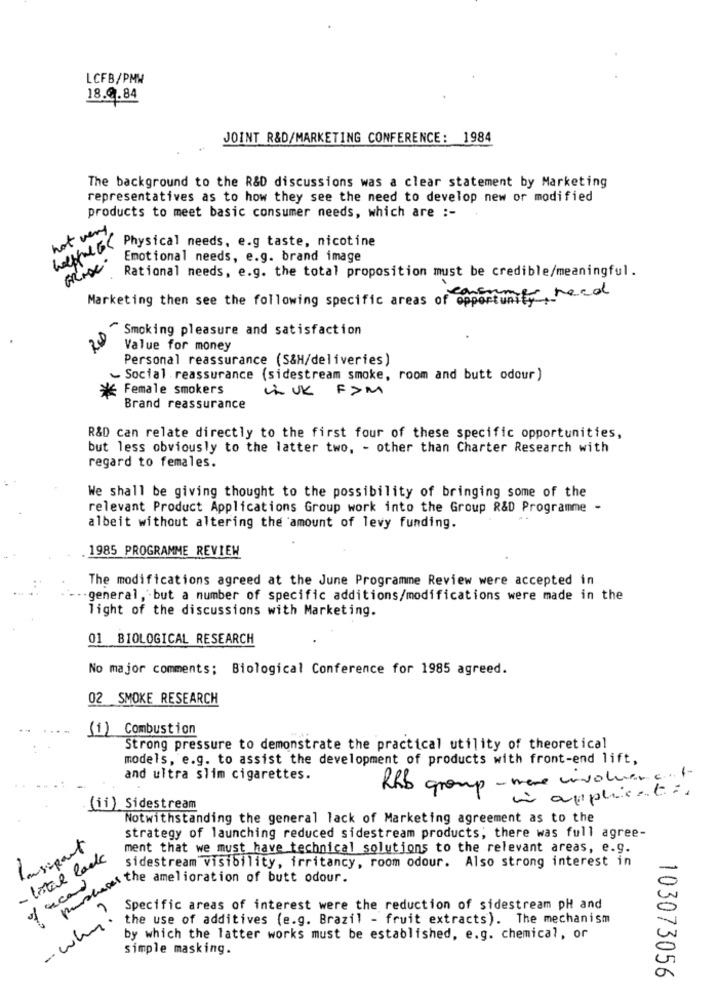
LCFB/PMW
18.0.84
JOINT R&D/MARKETING CONFERENCE: 1984
The background to the R&D discussions was a clear statement by Marketing
representatives as to how they see the need to develop new or modified
products to meet basic consumer needs, which are :-
not very
jehebt Physical needs, e.g taste, nicotine
Emotional needs, e.g. brand image
Rational needs, e.g. the total proposition must be credible/meaningful.
Marketing then see the following specific areas of opportunity,head
~ Smoking pleasure and satisfaction
Value for money
Personal reassurance (S&H/deliveries)
~ Social reassurance (sidestream smoke, room and butt odour)
Female smokers
ULUK FIM
Brand reassurance
R&D can relate directly to the first four of these specific opportunities,
but less obviously to the latter two, - other than Charter Research with
regard to females.
We shall be giving thought to the possibility of bringing some of the
relevant Product Applications Group work into the Group R&D Programme -
albeit without altering the amount of levy funding.
1985 PROGRAMME REVIEW
The modifications agreed at the June Programme Review were accepted in
general, but a number of specific additions/modifications were made in the
light of the discussions with Marketing.
01 BIOLOGICAL RESEARCH
No major comments; Biological Conference for 1985 agreed.
02 SMOKE RESEARCH
(i) Combustion
Strong pressure to demonstrate the practical utility of theoretical
models, e.g. to assist the development of products with front-end lift,
and ultra slim cigarettes.
RRS group - more involun c. l
in applicati.
(ii) Sidestream
Notwithstanding the general lack of Marketing agreement as to the
strategy of launching reduced sidestream products; there was full agree-
lasport
ment that we must have technical solutions to the relevant areas, e.g.
- total lack
sidestream visibility, irritancy, room odour. Also strong interest in
of read
Coplatte amelioration of butt odour .
Specific areas of interest were the reduction of sidestream pH and
- why!
the use of additives (e.g. Brazil - fruit extracts). The mechanism
by which the latter works must be established, e.g. chemical, or
simple masking.
103073056